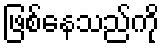
ဖြစ်နေသည်ကို